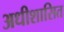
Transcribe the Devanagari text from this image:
अधीशासित